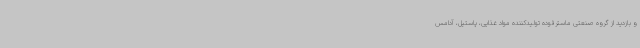
و بازدید از گروه صنعتی ماسترفوده تولیدکننده مواد غذایی، پاستیل، آدامس